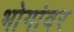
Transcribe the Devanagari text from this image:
भोगांवर